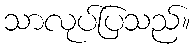
သာလုပ်ပြသည်။